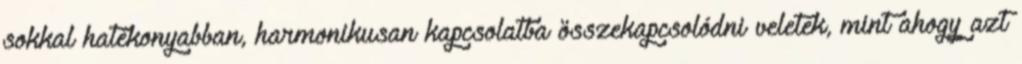
sokkal hatékonyabban, harmonikusan kapcsolatba összekapcsolódni veletek, mint ahogy azt